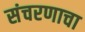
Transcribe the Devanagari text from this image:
संचरणाचा